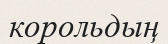
корольдың